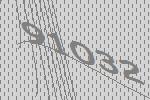
91032